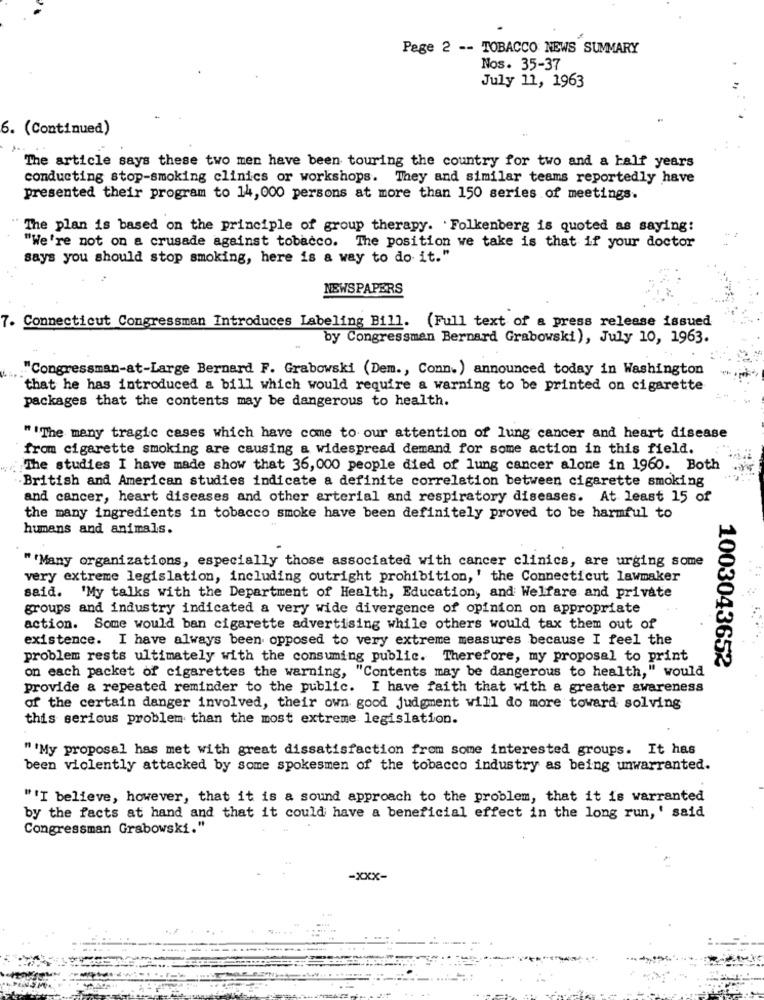
Page 2 -- TOBACCO NEWS SUMMARY
Nos. 35-37
July 11, 1963
6. (Continued)
The article says these two men have been touring the country for two and a half years
conducting stop-smoking clinics or workshops. They and similar teams reportedly have
presented their program to 14, 000 persons at more than 150 series of meetings.
The plan is based on the principle of group therapy. Folkenberg is quoted as saying:
"We're not on a crusade against tobacco. The position we take is that if your doctor
says you should stop smoking, here is a way to do it."
NEWSPAPERS
7. Connecticut Congressman Introduces Labeling Bill. (Full text of a press release issued
by Congressman Bernard Grabowski), July 10, 1963.
"Congressman-at-Large Bernard F. Grabowski (Dem ., Conn.) announced today in Washington
that he has introduced a bill which would require a warning to be printed on cigarette
packages that the contents may be dangerous to health.
" "The many tragic cases which have come to our attention of lung cancer and heart disease
from cigarette smoking are causing a widespread demand for some action in this field.
The studies I have made show that 36, 000 people died of lung cancer alone in 1960. Both
British and American studies indicate a definite correlation between cigarette smoking
and cancer, heart diseases and other arterial and respiratory diseases. At least 15 of
the many ingredients in tobacco smoke have been definitely proved to be harmful to
humans and animals.
"'Many organizations, especially those associated with cancer clinics, are urging some
very extreme legislation, including outright prohibition, ' the Connecticut lawmaker
said.
'My talks with the Department of Health, Education, and Welfare and private
groups and industry indicated a very wide divergence of opinion on appropriate
action. Some would ban cigarette advertising while others would tax them out of
existence. I have always been opposed to very extreme measures because I feel the
problem rests ultimately with the consuming public. Therefore, my proposal to print
1003043652
on each packet of cigarettes the warning, "Contents may be dangerous to health," would
provide a repeated reminder to the public. I have faith that with a greater awareness
of the certain danger involved, their own good judgment will do more toward solving
this serious problem than the most extreme legislation.
"'My proposal has met with great dissatisfaction from some interested groups. It has
been violently attacked by some spokesmen of the tobacco industry as being unwarranted.
"'I believe, however, that it is a sound approach to the problem, that it is warranted
by the facts at hand and that it could have a beneficial effect in the long run, ' said
Congressman Grabowski."
-XXX-